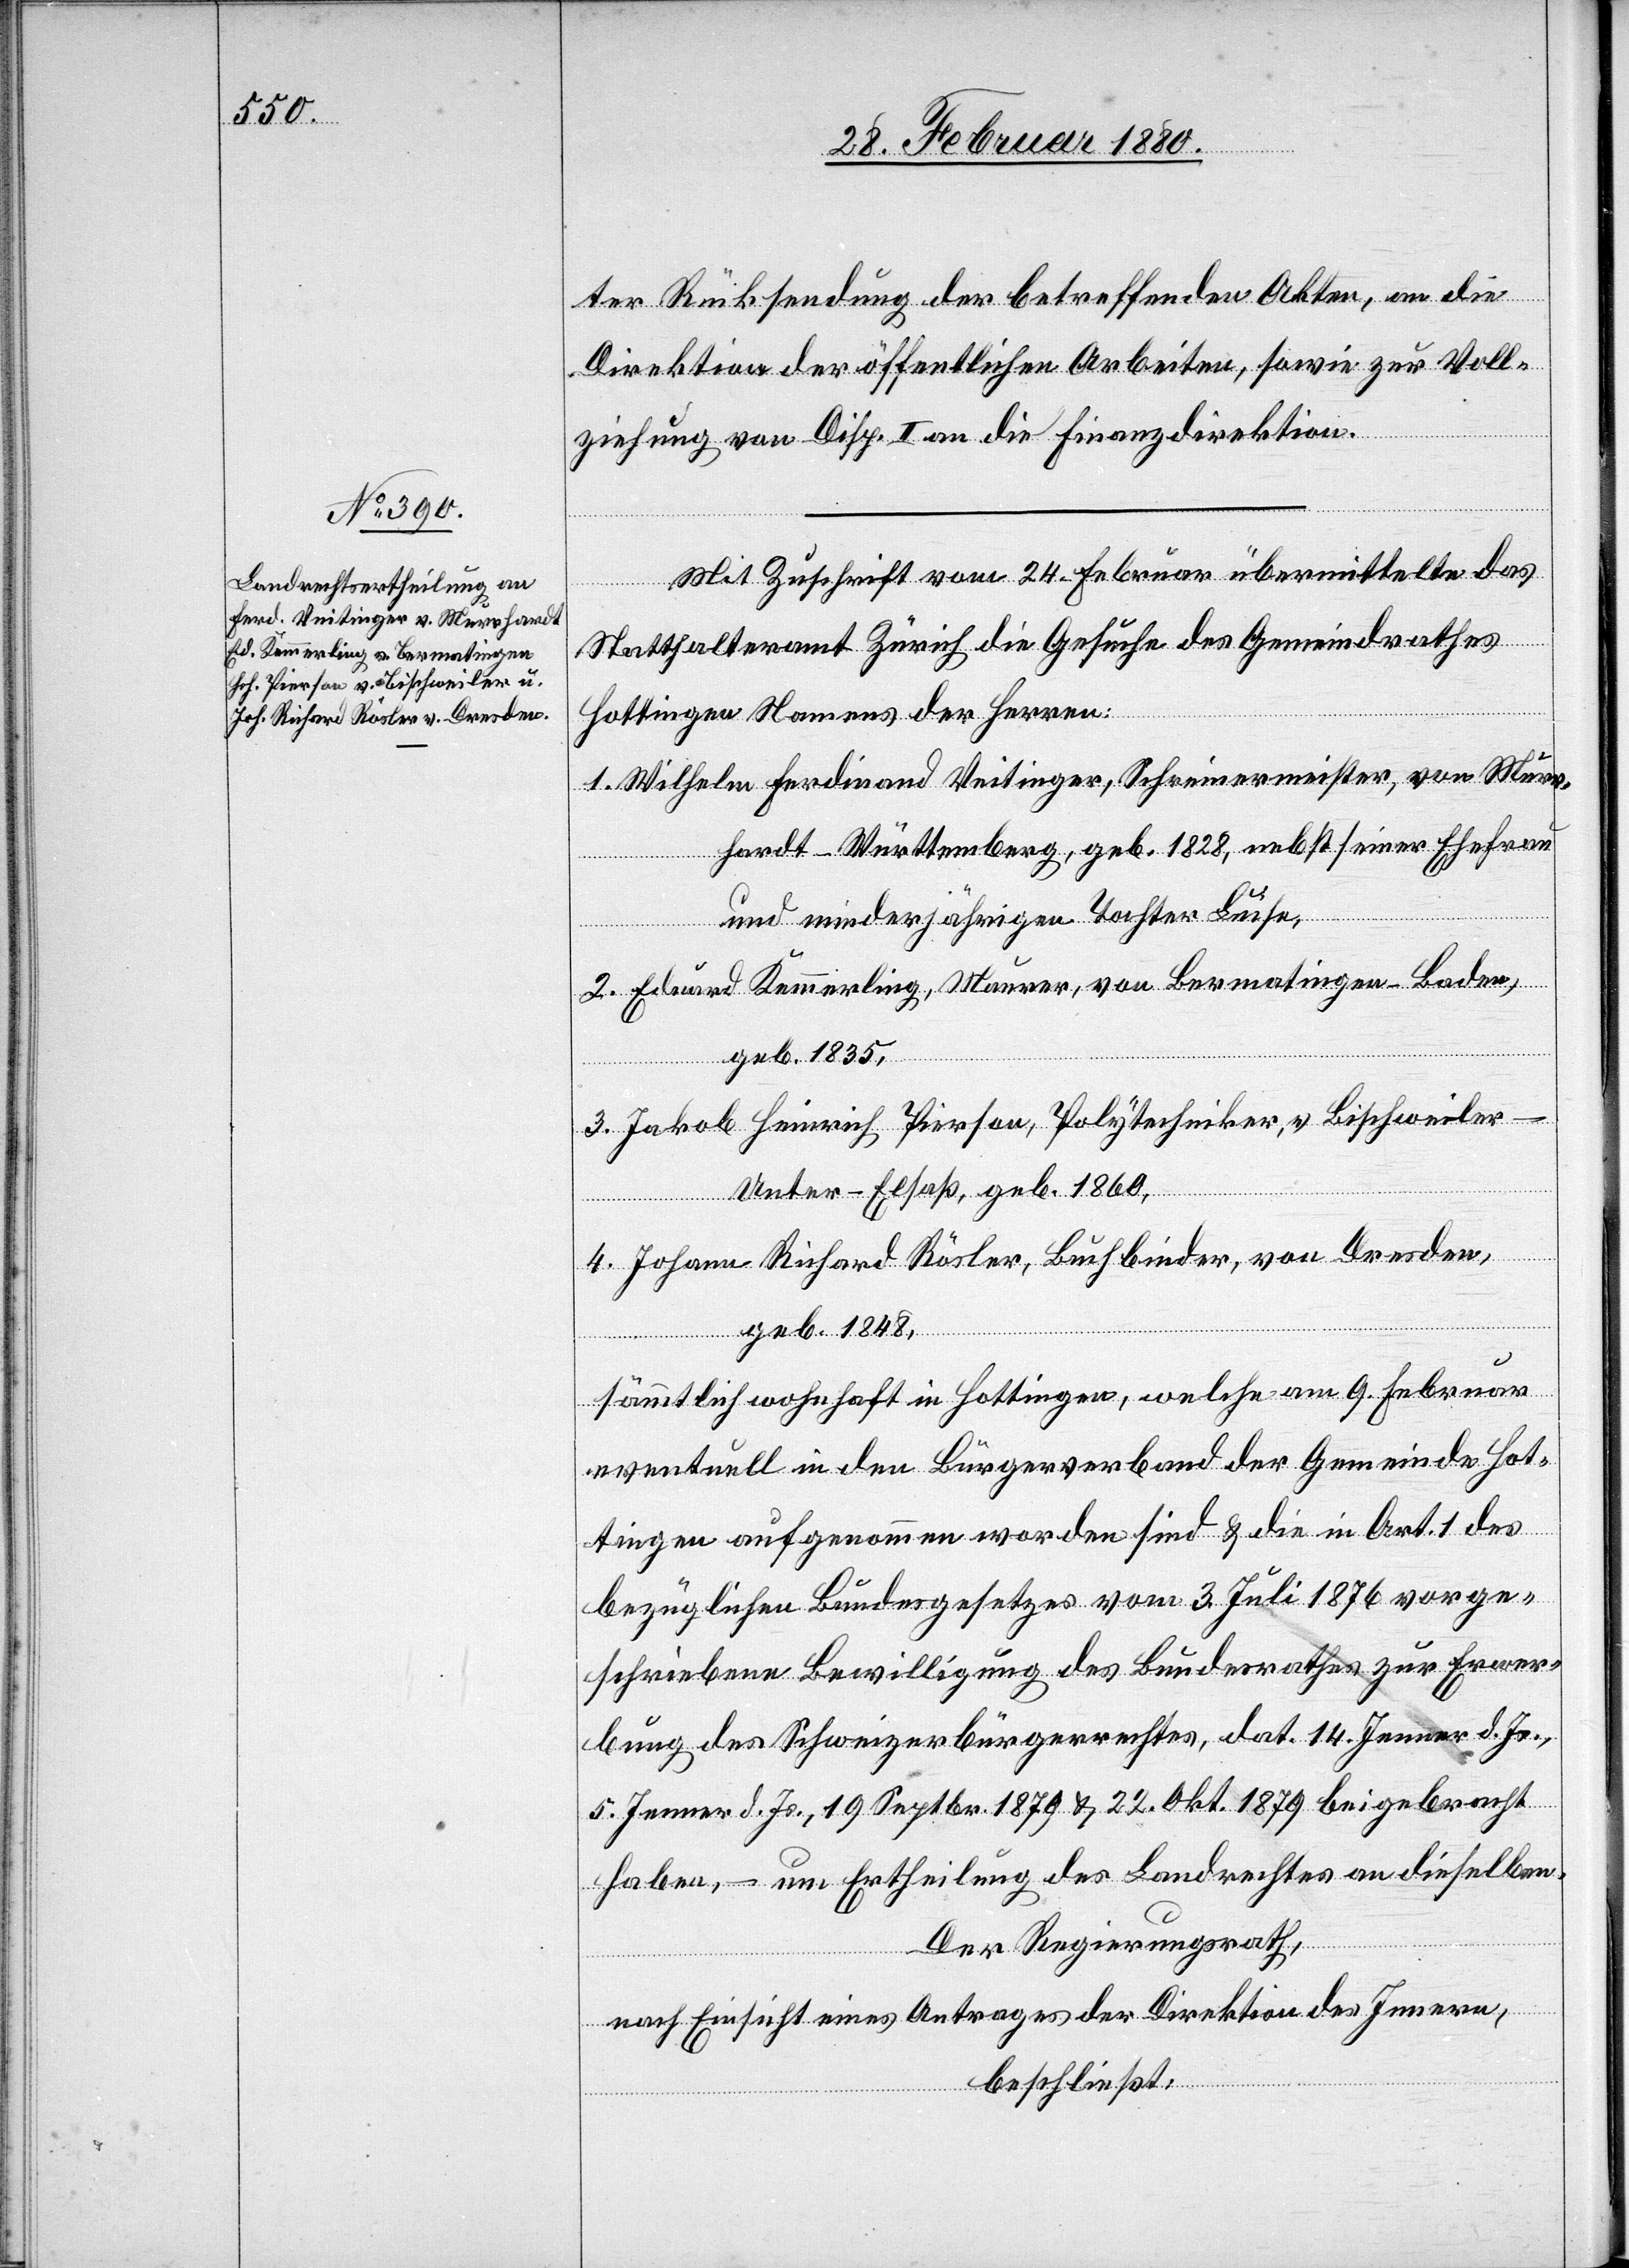
ter Rücksendung der betreffenden Akten, an die
Direktion der öffentlichen Arbeiten, sowie zur Voll¬
ziehung von Disp. I an die Finanzdirektion.
Mit Zuschrift vom 24. Februar übermittelte das
Statthalteramt Zürich die Gesuche des Gemeindrathes
Hottingen Namens der Herren:
1. Wilhelm Ferdinand Veitinger, Schreinermeister, von Murr¬
hardt-Württemberg, geb. 1828, nebst seiner Ehefrau
und minderjährigen Tochter Luise,
2. Eduard Kemmerling, Maurer, von Bermatingen-Baden,
geb. 1835,
3. Jakob Heinrich Pierson, Polytechniker, v. Bischweiler
Unter-Elsaß, geb. 1860,
4. Johann Richard Rösler, Buchinder, von Dresden,
geb. 1848,
sämmtlich wohnhaft in Hottingen, welche am 9. Februar
eventuell in den Bürgerverband der Gemeinde Hot¬
tingen aufgenommen worden sind & die in Art. 1 des
bezüglichen Bundesgesetzes vom 3. Juli 1876 vorge¬
schriebene Bewilligung des Bundesrathes zur Erwer¬
bung des Schweizerbürgerrechtes, dat. 14. Jenner d. Js.,
5. Jenner d. Js, 19. Septbr. 1879 & 22. Okt. 1879 beigebracht
haben, um Ertheilung des Landrechtes an dieselben.
Der Regierungsrath,
nach Einsicht eines Antrages der Direktion des Innern,
beschließt: